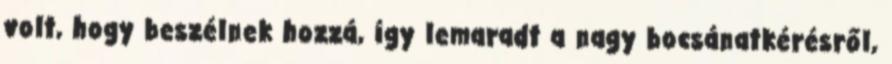
volt, hogy beszélnek hozzá, így lemaradt a nagy bocsánatkérésről,